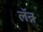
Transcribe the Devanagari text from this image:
लॅन्न